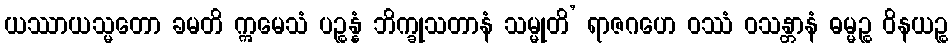
ယဿာယသ္မတော ခမတိ ဣမေသံ ပဉ္စန္နံ ဘိက္ခုသတာနံ သမ္မုတိ’ ရာဇဂဟေ ဝဿံ ဝသန္တာနံ ဓမ္မဉ္စ ဝိနယဉ္စ